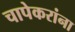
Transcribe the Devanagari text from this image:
चापेकरांना